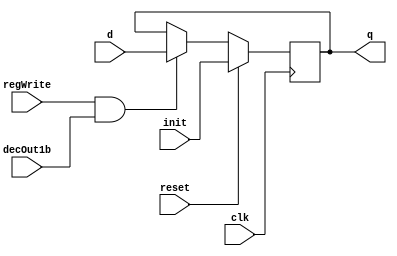
//Mem
module D_ff_Mem (input clk, input reset, input regWrite, input decOut1b,input init, input d, output reg q);
	always @ (negedge clk)
	begin
	if(reset==1)
		q=init;
	else
		if(regWrite == 1 && decOut1b==1) begin q=d; end
	end
endmodule

module register_Mem(input clk,input reset,input regWrite,input decOut1b,input [31:0]init, input [31:0] d_in, output [31:0] q_out);
	D_ff_Mem dMem0 (clk,reset,regWrite,decOut1b,init[0],d_in[0],q_out[0]);
	D_ff_Mem dMem1 (clk,reset,regWrite,decOut1b,init[1],d_in[1],q_out[1]);
	D_ff_Mem dMem2 (clk,reset,regWrite,decOut1b,init[2],d_in[2],q_out[2]);
	D_ff_Mem dMem3 (clk,reset,regWrite,decOut1b,init[3],d_in[3],q_out[3]);
	
	D_ff_Mem dMem4 (clk,reset,regWrite,decOut1b,init[4],d_in[4],q_out[4]);
	D_ff_Mem dMem5 (clk,reset,regWrite,decOut1b,init[5],d_in[5],q_out[5]);
	D_ff_Mem dMem6 (clk,reset,regWrite,decOut1b,init[6],d_in[6],q_out[6]);
	D_ff_Mem dMem7 (clk,reset,regWrite,decOut1b,init[7],d_in[7],q_out[7]);

	D_ff_Mem dMem8 (clk,reset,regWrite,decOut1b,init[8],d_in[8],q_out[8]);
	D_ff_Mem dMem9 (clk,reset,regWrite,decOut1b,init[9],d_in[9],q_out[9]);
	D_ff_Mem dMem10 (clk,reset,regWrite,decOut1b,init[10],d_in[10],q_out[10]);
	D_ff_Mem dMem11 (clk,reset,regWrite,decOut1b,init[11],d_in[11],q_out[11]);
	
	D_ff_Mem dMem12 (clk,reset,regWrite,decOut1b,init[12],d_in[12],q_out[12]);
	D_ff_Mem dMem13 (clk,reset,regWrite,decOut1b,init[13],d_in[13],q_out[13]);
	D_ff_Mem dMem14 (clk,reset,regWrite,decOut1b,init[14],d_in[14],q_out[14]);
	D_ff_Mem dMem15 (clk,reset,regWrite,decOut1b,init[15],d_in[15],q_out[15]);
	
	D_ff_Mem dMem16 (clk,reset,regWrite,decOut1b,init[16],d_in[16],q_out[16]);
	D_ff_Mem dMem17 (clk,reset,regWrite,decOut1b,init[17],d_in[17],q_out[17]);
	D_ff_Mem dMem18 (clk,reset,regWrite,decOut1b,init[18],d_in[18],q_out[18]);
	D_ff_Mem dMem19 (clk,reset,regWrite,decOut1b,init[19],d_in[19],q_out[19]);
	
	D_ff_Mem dMem20 (clk,reset,regWrite,decOut1b,init[20],d_in[20],q_out[20]);
	D_ff_Mem dMem21 (clk,reset,regWrite,decOut1b,init[21],d_in[21],q_out[21]);
	D_ff_Mem dMem22 (clk,reset,regWrite,decOut1b,init[22],d_in[22],q_out[22]);
	D_ff_Mem dMem23 (clk,reset,regWrite,decOut1b,init[23],d_in[23],q_out[23]);
	
	D_ff_Mem dMem24 (clk,reset,regWrite,decOut1b,init[24],d_in[24],q_out[24]);
	D_ff_Mem dMem25 (clk,reset,regWrite,decOut1b,init[25],d_in[25],q_out[25]);
	D_ff_Mem dMem26 (clk,reset,regWrite,decOut1b,init[26],d_in[26],q_out[26]);
	D_ff_Mem dMem27 (clk,reset,regWrite,decOut1b,init[27],d_in[27],q_out[27]);
	
	D_ff_Mem dMem28 (clk,reset,regWrite,decOut1b,init[28],d_in[28],q_out[28]);
	D_ff_Mem dMem29 (clk,reset,regWrite,decOut1b,init[29],d_in[29],q_out[29]);
	D_ff_Mem dMem30 (clk,reset,regWrite,decOut1b,init[30],d_in[30],q_out[30]);
	D_ff_Mem dMem31 (clk,reset,regWrite,decOut1b,init[31],d_in[31],q_out[31]);
		
endmodule



module decoder4to16( input [3:0] destReg, output reg [15:0] decOut);
	always@(destReg)
	case(destReg)
			4'b0000: decOut=16'b0000000000000001; 
			4'b0001: decOut=16'b0000000000000010;
			4'b0010: decOut=16'b0000000000000100;
			4'b0011: decOut=16'b0000000000001000;
			4'b0100: decOut=16'b0000000000010000;
			4'b0101: decOut=16'b0000000000100000;
			4'b0110: decOut=16'b0000000001000000;
			4'b0111: decOut=16'b0000000010000000;
			4'b1000: decOut=16'b0000000100000000; 
			4'b1001: decOut=16'b0000001000000000;
			4'b1010: decOut=16'b0000010000000000;
			4'b1011: decOut=16'b0000100000000000;
			4'b1100: decOut=16'b0001000000000000;
			4'b1101: decOut=16'b0010000000000000;
			4'b1110: decOut=16'b0100000000000000;
			4'b1111: decOut=16'b1000000000000000;
	endcase
endmodule


module mux16to1( input [31:0] outR0,outR1,outR2,outR3,outR4,outR5,outR6,outR7,outR8,outR9,outR10,outR11,outR12,outR13,outR14,outR15, input [3:0] Sel, output reg [31:0] outBus );
	always@(outR0 or outR1 or outR2 or outR3 or outR4 or outR5 or outR6 or outR7 or outR8 or outR9 or outR10 or outR11 or outR12 or outR13 or outR14 or outR15 or Sel)
	case (Sel)
				4'b0000: outBus=outR0;
				4'b0001: outBus=outR1;
				4'b0010: outBus=outR2;
				4'b0011: outBus=outR3;
				4'b0100: outBus=outR4;
				4'b0101: outBus=outR5;
				4'b0110: outBus=outR6;
				4'b0111: outBus=outR7;
				4'b1000: outBus=outR8;
				4'b1001: outBus=outR9;
				4'b1010: outBus=outR10;
				4'b1011: outBus=outR11;
				4'b1100: outBus=outR12;
				4'b1101: outBus=outR13;
				4'b1110: outBus=outR14;
				4'b1111: outBus=outR15;
	endcase
endmodule

//Memory Design Ends



//Register File desgin begins
module D_ff (input clk, input reset, input regWrite1, input decOut1b1, input regWrite2, input decOut1b2, input d1, input d2, output reg q);
	always @ (posedge clk)
	begin
	if(reset==1'b1)
		q=0;
	else
		if(regWrite1 == 1'b1 && decOut1b1 ==1'b1) begin q=d1; end
		if(regWrite2 == 1'b1 && decOut1b2 ==1'b1) begin q=d2; end
	end
endmodule

module register32bit( input clk, input reset, input regWrite1, input decOut1b1, input regWrite2, input decOut1b2, input [31:0] writeData1, input [31:0] writeData2, output  [31:0] outR );
	D_ff d0(clk, reset, regWrite1, decOut1b1, regWrite2, decOut1b2, writeData1[0], writeData2[0], outR[0]);
	D_ff d1(clk, reset, regWrite1, decOut1b1, regWrite2, decOut1b2, writeData1[1], writeData2[1], outR[1]);
	D_ff d2(clk, reset, regWrite1, decOut1b1, regWrite2, decOut1b2, writeData1[2], writeData2[2], outR[2]);
	D_ff d3(clk, reset, regWrite1, decOut1b1, regWrite2, decOut1b2, writeData1[3], writeData2[3], outR[3]);
	D_ff d4(clk, reset, regWrite1, decOut1b1, regWrite2, decOut1b2, writeData1[4], writeData2[4], outR[4]);
	D_ff d5(clk, reset, regWrite1, decOut1b1, regWrite2, decOut1b2, writeData1[5], writeData2[5], outR[5]);
	D_ff d6(clk, reset, regWrite1, decOut1b1, regWrite2, decOut1b2, writeData1[6], writeData2[6], outR[6]);
	D_ff d7(clk, reset, regWrite1, decOut1b1, regWrite2, decOut1b2, writeData1[7], writeData2[7], outR[7]);
	D_ff d8(clk, reset, regWrite1, decOut1b1, regWrite2, decOut1b2, writeData1[8], writeData2[8], outR[8]);
	D_ff d9(clk, reset, regWrite1, decOut1b1, regWrite2, decOut1b2, writeData1[9], writeData2[9], outR[9]);
	D_ff d10(clk, reset, regWrite1, decOut1b1, regWrite2, decOut1b2, writeData1[10], writeData2[10], outR[10]);
	D_ff d11(clk, reset, regWrite1, decOut1b1, regWrite2, decOut1b2, writeData1[11], writeData2[11], outR[11]);
	D_ff d12(clk, reset, regWrite1, decOut1b1, regWrite2, decOut1b2, writeData1[12], writeData2[12], outR[12]);
	D_ff d13(clk, reset, regWrite1, decOut1b1, regWrite2, decOut1b2, writeData1[13], writeData2[13], outR[13]);
	D_ff d14(clk, reset, regWrite1, decOut1b1, regWrite2, decOut1b2, writeData1[14], writeData2[14], outR[14]);
	D_ff d15(clk, reset, regWrite1, decOut1b1, regWrite2, decOut1b2, writeData1[15], writeData2[15], outR[15]);
  D_ff d16(clk, reset, regWrite1, decOut1b1, regWrite2, decOut1b2, writeData1[16], writeData2[16], outR[16]);
	D_ff d17(clk, reset, regWrite1, decOut1b1, regWrite2, decOut1b2, writeData1[17], writeData2[17], outR[17]);
	D_ff d18(clk, reset, regWrite1, decOut1b1, regWrite2, decOut1b2, writeData1[18], writeData2[18], outR[18]);
	D_ff d19(clk, reset, regWrite1, decOut1b1, regWrite2, decOut1b2, writeData1[19], writeData2[19], outR[19]);
	D_ff d20(clk, reset, regWrite1, decOut1b1, regWrite2, decOut1b2, writeData1[20], writeData2[20], outR[20]);
	D_ff d21(clk, reset, regWrite1, decOut1b1, regWrite2, decOut1b2, writeData1[21], writeData2[21], outR[21]);
	D_ff d22(clk, reset, regWrite1, decOut1b1, regWrite2, decOut1b2, writeData1[22], writeData2[22], outR[22]);
	D_ff d23(clk, reset, regWrite1, decOut1b1, regWrite2, decOut1b2, writeData1[23], writeData2[23], outR[23]);
  D_ff d24(clk, reset, regWrite1, decOut1b1, regWrite2, decOut1b2, writeData1[24], writeData2[24], outR[24]);
	D_ff d25(clk, reset, regWrite1, decOut1b1, regWrite2, decOut1b2, writeData1[25], writeData2[25], outR[25]);
	D_ff d26(clk, reset, regWrite1, decOut1b1, regWrite2, decOut1b2, writeData1[26], writeData2[26], outR[26]);
	D_ff d27(clk, reset, regWrite1, decOut1b1, regWrite2, decOut1b2, writeData1[27], writeData2[27], outR[27]);
	D_ff d28(clk, reset, regWrite1, decOut1b1, regWrite2, decOut1b2, writeData1[28], writeData2[28], outR[28]);
	D_ff d29(clk, reset, regWrite1, decOut1b1, regWrite2, decOut1b2, writeData1[29], writeData2[29], outR[29]);
	D_ff d30(clk, reset, regWrite1, decOut1b1, regWrite2, decOut1b2, writeData1[30], writeData2[30], outR[30]);
	D_ff d31(clk, reset, regWrite1, decOut1b1, regWrite2, decOut1b2, writeData1[31], writeData2[31], outR[31]);
endmodule

module registerSet( input clk, input reset, input regWrite1, input [7:0] decOut1, input regWrite2, input [7:0] decOut2, input [31:0] writeData1, input [31:0] writeData2, output [31:0] outR0,outR1,outR2,outR3,outR4,outR5,outR6,outR7 );
		register32bit r0( clk, reset, regWrite1, decOut1[0], regWrite2, decOut2[0], writeData1, writeData2, outR0 );
		register32bit r1( clk, reset, regWrite1, decOut1[1], regWrite2, decOut2[1], writeData1, writeData2, outR1 );
		register32bit r2( clk, reset, regWrite1, decOut1[2], regWrite2, decOut2[2], writeData1, writeData2, outR2 );
		register32bit r3( clk, reset, regWrite1, decOut1[3], regWrite2, decOut2[3], writeData1, writeData2, outR3 );
		register32bit r4( clk, reset, regWrite1, decOut1[4], regWrite2, decOut2[4], writeData1, writeData2, outR4 );
		register32bit r5( clk, reset, regWrite1, decOut1[5], regWrite2, decOut2[5], writeData1, writeData2, outR5 );
		register32bit r6( clk, reset, regWrite1, decOut1[6], regWrite2, decOut2[6], writeData1, writeData2, outR6 );
		register32bit r7( clk, reset, regWrite1, decOut1[7], regWrite2, decOut2[7], writeData1, writeData2, outR7 );
endmodule

module decoder3to8( input [2:0] destReg, output reg [7:0] decOut);
  always @(destReg)
    begin
      case(destReg)
        3'b000: decOut = 8'b00000001;
        3'b001: decOut = 8'b00000010;
        3'b010: decOut = 8'b00000100;
        3'b011: decOut = 8'b00001000;
        3'b100: decOut = 8'b00010000;
        3'b101: decOut = 8'b00100000;
        3'b110: decOut = 8'b01000000;
        3'b111: decOut = 8'b10000000;
    endcase
  end
endmodule

module mux8to1(input [31:0] outR0,outR1,outR2,outR3,outR4,outR5,outR6,outR7, input [2:0] Sel, output reg [31:0] muxOut );
  always @(Sel or outR0 or outR1 or outR2 or outR3 or outR4 or outR5 or outR6 or outR7)
  begin
    case(Sel)
      3'b000 : muxOut = outR0;
      3'b001 : muxOut = outR1;
      3'b010 : muxOut = outR2;
      3'b011 : muxOut = outR3;
      3'b100 : muxOut = outR4;
      3'b101 : muxOut = outR5;
      3'b110 : muxOut = outR6;
      3'b111 : muxOut = outR7;
  endcase
end
endmodule

module registerFile(input clk, input reset, input regWrite1, input regWrite2, input [2:0] srcRegA, input [2:0] srcRegB, input [2:0] srcRegC, input [2:0] srcRegD, 
	input [2:0] writeReg1,  input [2:0] writeReg2, input [31:0] writeData1, input [31:0] writeData2, output [31:0] outBusA, output [31:0] outBusB, output [31:0] outBusC, output [31:0] outBusD );

 	wire [7:0] decOut1;
 	wire [7:0] decOut2;
    	
	wire [31:0] outR0,outR1,outR2,outR3,outR4,outR5,outR6,outR7; 
	   
	decoder3to8 decoder1_insideRegisterFile(writeReg1, decOut1);
	decoder3to8 decoder2_insideRegisterFile(writeReg2, decOut2);
	    
  registerSet rSet0(clk, reset, regWrite1, decOut1, regWrite2, decOut2, writeData1, writeData2, outR0,outR1,outR2,outR3,outR4,outR5,outR6,outR7);
    
 	mux8to1 m1_insideRegisterFile(outR0,outR1,outR2,outR3,outR4,outR5,outR6,outR7,srcRegA,outBusA);
 	mux8to1 m2_insideRegisterFile(outR0,outR1,outR2,outR3,outR4,outR5,outR6,outR7,srcRegB,outBusB);
 	mux8to1 m3_insideRegisterFile(outR0,outR1,outR2,outR3,outR4,outR5,outR6,outR7,srcRegC,outBusC);
 	mux8to1 m4_insideRegisterFile(outR0,outR1,outR2,outR3,outR4,outR5,outR6,outR7,srcRegD,outBusD);
 	  	  	  		 
endmodule
//Register File desgin ends

//Normal Registers begin
module D_ff_n(input clk, input reset, input regWrite, input decOut1b, input d, output reg q);
	always @ (negedge clk)
	begin
	if(reset==1'b1)
		q=0;
	else
		if(regWrite == 1'b1 && decOut1b==1'b1) begin q=d; end
	end
endmodule

//FOr accomodating flush
module D_ff_n_1(input clk, input reset, input flush, input regWrite, input decOut1b, input d, output reg q);
	always @ (negedge clk)
	begin
	if(reset==1'b1 || flush==1'b1)
		q=0;
	else
		if(regWrite == 1'b1 && decOut1b==1'b1) begin q=d; end
	end
endmodule

//Register 32 bit
module register32bit_n( input clk, input reset, input regWrite, input decOut1b, input [31:0] writeData, output  [31:0] outR );
	D_ff_n d0(clk, reset, regWrite, decOut1b, writeData[0], outR[0]);
	D_ff_n d1(clk, reset, regWrite, decOut1b, writeData[1], outR[1]);
	D_ff_n d2(clk, reset, regWrite, decOut1b, writeData[2], outR[2]);
	D_ff_n d3(clk, reset, regWrite, decOut1b, writeData[3], outR[3]);
	D_ff_n d4(clk, reset, regWrite, decOut1b, writeData[4], outR[4]);
	D_ff_n d5(clk, reset, regWrite, decOut1b, writeData[5], outR[5]);
	D_ff_n d6(clk, reset, regWrite, decOut1b, writeData[6], outR[6]);
	D_ff_n d7(clk, reset, regWrite, decOut1b, writeData[7], outR[7]);
	D_ff_n d8(clk, reset, regWrite, decOut1b, writeData[8], outR[8]);
	D_ff_n d9(clk, reset, regWrite, decOut1b, writeData[9], outR[9]);
	D_ff_n d10(clk, reset, regWrite, decOut1b, writeData[10], outR[10]);
	D_ff_n d11(clk, reset, regWrite, decOut1b, writeData[11], outR[11]);
	D_ff_n d12(clk, reset, regWrite, decOut1b, writeData[12], outR[12]);
	D_ff_n d13(clk, reset, regWrite, decOut1b, writeData[13], outR[13]);
	D_ff_n d14(clk, reset, regWrite, decOut1b, writeData[14], outR[14]);
	D_ff_n d15(clk, reset, regWrite, decOut1b, writeData[15], outR[15]);
	D_ff_n d16(clk, reset, regWrite, decOut1b, writeData[16], outR[16]);
	D_ff_n d17(clk, reset, regWrite, decOut1b, writeData[17], outR[17]);
	D_ff_n d18(clk, reset, regWrite, decOut1b, writeData[18], outR[18]);
	D_ff_n d19(clk, reset, regWrite, decOut1b, writeData[19], outR[19]);
	D_ff_n d20(clk, reset, regWrite, decOut1b, writeData[20], outR[20]);
	D_ff_n d21(clk, reset, regWrite, decOut1b, writeData[21], outR[21]);
	D_ff_n d22(clk, reset, regWrite, decOut1b, writeData[22], outR[22]);
	D_ff_n d23(clk, reset, regWrite, decOut1b, writeData[23], outR[23]);
	D_ff_n d24(clk, reset, regWrite, decOut1b, writeData[24], outR[24]);
	D_ff_n d25(clk, reset, regWrite, decOut1b, writeData[25], outR[25]);
	D_ff_n d26(clk, reset, regWrite, decOut1b, writeData[26], outR[26]);
	D_ff_n d27(clk, reset, regWrite, decOut1b, writeData[27], outR[27]);
	D_ff_n d28(clk, reset, regWrite, decOut1b, writeData[28], outR[28]);
	D_ff_n d29(clk, reset, regWrite, decOut1b, writeData[29], outR[29]);
	D_ff_n d30(clk, reset, regWrite, decOut1b, writeData[30], outR[30]);
	D_ff_n d31(clk, reset, regWrite, decOut1b, writeData[31], outR[31]);
endmodule

//Register 32 bit with flush

module register32bit_n_1( input clk, input reset, input flush, input regWrite, input decOut1b, input [31:0] writeData, output  [31:0] outR );
	D_ff_n_1 d0(clk, reset, flush, regWrite, decOut1b, writeData[0], outR[0]);
	D_ff_n_1 d1(clk, reset, flush, regWrite, decOut1b, writeData[1], outR[1]);
	D_ff_n_1 d2(clk, reset, flush, regWrite, decOut1b, writeData[2], outR[2]);
	D_ff_n_1 d3(clk, reset, flush, regWrite, decOut1b, writeData[3], outR[3]);
	D_ff_n_1 d4(clk, reset, flush, regWrite, decOut1b, writeData[4], outR[4]);
	D_ff_n_1 d5(clk, reset, flush, regWrite, decOut1b, writeData[5], outR[5]);
	D_ff_n_1 d6(clk, reset, flush, regWrite, decOut1b, writeData[6], outR[6]);
	D_ff_n_1 d7(clk, reset, flush, regWrite, decOut1b, writeData[7], outR[7]);
	D_ff_n_1 d8(clk, reset, flush, regWrite, decOut1b, writeData[8], outR[8]);
	D_ff_n_1 d9(clk, reset, flush, regWrite, decOut1b, writeData[9], outR[9]);
	D_ff_n_1 d10(clk, reset, flush, regWrite, decOut1b, writeData[10], outR[10]);
	D_ff_n_1 d11(clk, reset, flush, regWrite, decOut1b, writeData[11], outR[11]);
	D_ff_n_1 d12(clk, reset, flush, regWrite, decOut1b, writeData[12], outR[12]);
	D_ff_n_1 d13(clk, reset, flush, regWrite, decOut1b, writeData[13], outR[13]);
	D_ff_n_1 d14(clk, reset, flush, regWrite, decOut1b, writeData[14], outR[14]);
	D_ff_n_1 d15(clk, reset, flush, regWrite, decOut1b, writeData[15], outR[15]);
	D_ff_n_1 d16(clk, reset, flush, regWrite, decOut1b, writeData[16], outR[16]);
	D_ff_n_1 d17(clk, reset, flush, regWrite, decOut1b, writeData[17], outR[17]);
	D_ff_n_1 d18(clk, reset, flush, regWrite, decOut1b, writeData[18], outR[18]);
	D_ff_n_1 d19(clk, reset, flush, regWrite, decOut1b, writeData[19], outR[19]);
	D_ff_n_1 d20(clk, reset, flush, regWrite, decOut1b, writeData[20], outR[20]);
	D_ff_n_1 d21(clk, reset, flush, regWrite, decOut1b, writeData[21], outR[21]);
	D_ff_n_1 d22(clk, reset, flush, regWrite, decOut1b, writeData[22], outR[22]);
	D_ff_n_1 d23(clk, reset, flush, regWrite, decOut1b, writeData[23], outR[23]);
	D_ff_n_1 d24(clk, reset, flush, regWrite, decOut1b, writeData[24], outR[24]);
	D_ff_n_1 d25(clk, reset, flush, regWrite, decOut1b, writeData[25], outR[25]);
	D_ff_n_1 d26(clk, reset, flush, regWrite, decOut1b, writeData[26], outR[26]);
	D_ff_n_1 d27(clk, reset, flush, regWrite, decOut1b, writeData[27], outR[27]);
	D_ff_n_1 d28(clk, reset, flush, regWrite, decOut1b, writeData[28], outR[28]);
	D_ff_n_1 d29(clk, reset, flush, regWrite, decOut1b, writeData[29], outR[29]);
	D_ff_n_1 d30(clk, reset, flush, regWrite, decOut1b, writeData[30], outR[30]);
	D_ff_n_1 d31(clk, reset, flush, regWrite, decOut1b, writeData[31], outR[31]);
endmodule


//Register 1 bit
module register1bit( input clk, input reset, input regWrite, input decOut1b, input writeData, output outR );
	D_ff_n d0(clk, reset, regWrite, decOut1b, writeData, outR);
endmodule

module D_ff_flag(input clk, input reset, input regWrite, input decOut1b, input d, output reg q);
	always @ (posedge clk)
	begin
	if(reset==1'b1)
		q=0;
	else
		if(regWrite == 1'b1 && decOut1b==1'b1) begin q=d; end
	end
endmodule
//Register 1 bit for flag writes
module register1bit_flag( input clk, input reset, input regWrite, input decOut1b, input writeData, output outR );
	D_ff_flag d0(clk, reset, regWrite, decOut1b, writeData, outR);
endmodule

//Register 2 bits
module register2bit( input clk, input reset, input regWrite, input decOut1b, input [1:0]writeData, output [1:0] outR );
	D_ff_n d0(clk, reset, regWrite, decOut1b, writeData[0], outR[0]);
	D_ff_n d1(clk, reset, regWrite, decOut1b, writeData[1], outR[1]);
endmodule
  
  
//Register 3 bits
module register3bit( input clk, input reset, input regWrite, input decOut1b, input [2:0]writeData, output [2:0] outR );
	D_ff_n d0(clk, reset, regWrite, decOut1b, writeData[0], outR[0]);
	D_ff_n d1(clk, reset, regWrite, decOut1b, writeData[1], outR[1]);
	D_ff_n d2(clk, reset, regWrite, decOut1b, writeData[2], outR[2]);
endmodule

//Normal Register ends
  
//Operations
module adder(input [31:0] in1, input [31:0] in2, output reg [31:0] adder_out);
	always@(in1 or in2)
		adder_out = in1 +in2;
endmodule  

module signExt5to32( input [4:0] offset, output reg [31:0] signExtOffset);
	always@(offset)
	begin
			signExtOffset={{27{offset[4]}},offset[4:0]};
	end
endmodule


module signExt8to32( input [7:0] offset, output reg [31:0] signExtOffset);
	always@(offset)
	begin
			signExtOffset={{24{offset[7]}},offset[7:0]};
	end
endmodule

module signExt11to32( input [10:0] offset, output reg [31:0] signExtOffset);
	always@(offset)
	begin
			signExtOffset={{21{offset[10]}},offset[10:0]};
	end
endmodule
  
module leftshift32_1(input [31:0] offset, output reg [31:0] leftShiftOffset);
  always @(offset)
  begin
    leftShiftOffset = offset << 1;
  end
endmodule  
  
module leftshift32_2(input [31:0] offset, output reg [31:0] leftShiftOffset);
  always @(offset)
  begin
    leftShiftOffset = offset << 2;
  end
endmodule  
 
 
//Muxes

module mux2to1_2bit(input [1:0] in1, input [1:0] in2, input sel, output reg [1:0] muxout);
	 always@(in1 or in2 or sel)
	 begin
		case(sel)
			1'b0 : muxout = in1;
			1'b1 : muxout = in2;			
		endcase
	 end
endmodule

module mux4to1_32bit(input [31:0] in1, input [31:0] in2, input [31:0] in3,input [31:0] in4, input [1:0] sel, output reg [31:0] muxout);
	 always@(in1 or in2 or in3 or in4 or sel)
	 begin
		case(sel)
			2'b00 : muxout = in1;
			2'b01 : muxout = in2;
			2'b10 : muxout = in3;
			2'b11 : muxout = in4;
		endcase
	 end
endmodule

module mux2to1_1bit(input in1, input in2, input sel, output reg muxout);
	 always@(in1 or in2 or sel)
	 begin
		case(sel)
			1'b0 : muxout = in1;
			1'b1 : muxout = in2;			
		endcase
	 end
endmodule

module mux2to1_3bit(input [2:0] in1, input [2:0] in2, input sel, output reg [2:0] muxout);
	 always@(in1 or in2 or sel)
	 begin
		case(sel)
			1'b0 : muxout = in1;
			1'b1 : muxout = in2;			
		endcase
	 end
endmodule

module mux2to1_32bit(input [31:0] in1, input [31:0] in2, input sel, output reg [31:0] muxout);
	 always@(in1 or in2 or sel)
	 begin
		case(sel)
			1'b0 : muxout = in1;
			1'b1 : muxout = in2;			
		endcase
	 end
endmodule

//Muxes ends

//Alu   
module alu(input [31:0] aluIn1, input [31:0] aluIn2, input [1:0] aluOp, output reg overflow, output reg carry, output reg neg, output reg zero, output reg [31:0] aluOut);
 reg [32:0] temp;
 reg [31:0] overflow_check;
	always@(aluIn1 or aluIn2 or aluOp)
	begin
		case(aluOp)
			2'b00: begin
			       aluOut = aluIn1 + aluIn2;
			       temp = aluIn1 + aluIn2;
			       if((aluIn1[31]==aluIn2[31]) && (aluIn1[31]!=aluOut[31]))  overflow = 1'b1;
			       else                                                      overflow = 1'b0;
			       if(temp[32] == 1) carry = 1'b1;
			       else              carry = 1'b0;
			       if(aluOut[31] == 1)    neg = 1'b1;
			       else              neg = 1'b0;
			       if(aluOut == 0)   zero = 1'b1;
			       else              zero = 1'b0;
			       end	
			2'b01: begin
			       aluOut = aluIn2 - aluIn1;
			       overflow_check = ~(aluIn1) + 1;
			       if(aluIn1 < aluIn2) carry = 1'b1; 
			       else                carry = 1'b0;
			       if((aluIn1[31]==overflow_check[31]) && (aluIn1[31]!=aluOut[31]))  overflow = 1'b1;
			       else                                                      overflow = 1'b0;
			       if(aluIn1 == 32'b1000_0000_0000_0000_0000_0000_0000_0000 && aluIn2 == 32'd0) overflow = 1'b1;
			       if(aluOut[31] == 1)    neg = 1'b1;
			       else              neg = 1'b0;
			       if(aluOut == 0)   zero = 1'b1;
			       else              zero = 1'b0;
			       end
			2'b10: begin
			       aluOut = aluIn1 >> aluIn2;
			       if(aluIn2 >= 32)  carry = aluIn1[31];
			       else              carry = aluIn1[aluIn2-1];
			       if(aluOut[31] == 1)    neg = 1'b1;
			       else              neg = 1'b0;
			       if(aluOut == 0)   zero = 1'b1;
			       else              zero = 1'b0;
			       overflow = 1'b0;
			       end
			2'b11: begin
			       aluOut = ~(aluIn1) + 1;
			       if( ((aluOut[31]==0) && (aluIn1[31]!=aluOut[31])) || aluIn1 == 32'b1000_0000_0000_0000_0000_0000_0000_0000 )  
			         overflow = 1'b1;
			       else    
			         overflow = 1'b0;
			       //if(aluIn1 == 32'b1000_0000_0000_0000_0000_0000_0000_0000) overflow = 1'b1;
			       if(aluIn1 != 0)   carry = 1'b1;
			       else              carry = 1'b0;
			       if(aluOut[31] == 1)    neg = 1'b1;
			       else              neg = 1'b0;
			       if(aluOut == 0)   zero = 1'b1;
			       else              zero = 1'b0;  
			       end  
		endcase
	end
	assign overflow1 = overflow;
endmodule
  
  
module adder_mem(input [31:0] in1, input [31:0] in2, output reg overflow, output reg carry, output reg [31:0] adder_out);
reg [32:0] temp;
always@(in1 or in2)
  begin
		adder_out = in1 +in2;
		temp = in1 + in2;
	  if((in1[31]==in2[31]) && (in1[31]!=adder_out[31]))  overflow = 1'b1;
	  else                                                overflow = 1'b0;
	  if(temp[32] == 1) carry = 1'b1;
		else              carry = 1'b0;
	end		
endmodule  

//Alu ends

module compareAndSetFlag(input [31:0] memOut, input neg_prev, input zero_prev, output reg N_Final, output reg Z_Final);
    always@(memOut or neg_prev or zero_prev)
    begin
        if(memOut<0)
        begin
            N_Final = 1;
            Z_Final = zero_prev;
        end
        else if(memOut==0)
        begin
            N_Final = neg_prev;
            Z_Final = 1;
        end
        else
        begin 
            Z_Final = zero_prev;
            N_Final = neg_prev;
        end            
    end
    
endmodule